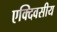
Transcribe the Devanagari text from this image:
एक्दिवसीय